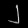
Digit: ၂